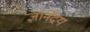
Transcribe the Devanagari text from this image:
ज्ञानेंद्रय